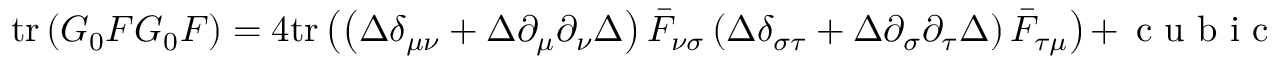
\mathrm { t r } \left( G _ { 0 } F G _ { 0 } F \right) = 4 \mathrm { t r } \left( \left( \Delta \delta _ { \mu \nu } + \Delta \partial _ { \mu } \partial _ { \nu } \Delta \right) \bar { F } _ { \nu \sigma } \left( \Delta \delta _ { \sigma \tau } + \Delta \partial _ { \sigma } \partial _ { \tau } \Delta \right) \bar { F } _ { \tau \mu } \right) + \textrm { c u b i c }